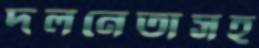
দলনেতাসহ